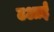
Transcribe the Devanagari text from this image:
टआई